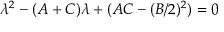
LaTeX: \lambda ^ { 2 } - ( A + C ) \lambda + ( A C - ( B / 2 ) ^ { 2 } ) = 0